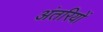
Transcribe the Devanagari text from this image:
अंतरियों